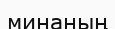
минаның